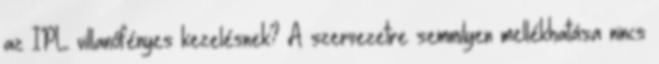
az IPL villanófényes kezelésnek? A szervezetre semmilyen mellékhatása nincs